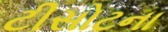
ટીસોટના